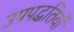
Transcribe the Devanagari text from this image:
उपपद्धतियों